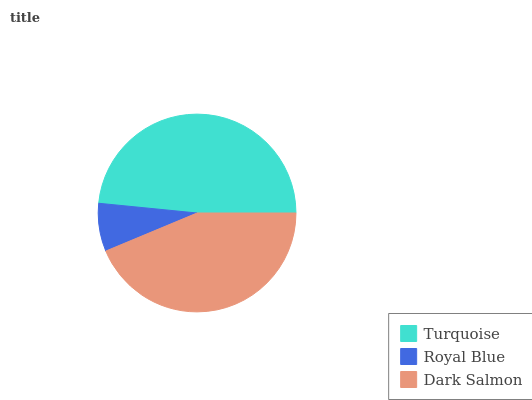
| Turquoise | Royal Blue | Dark Salmon |
 | --- | --- | --- |
 | 48.4% | 7.86% | 43.8% |